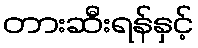
တားဆီးရန်နှင့်